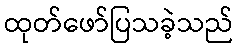
ထုတ်ဖော်ပြသခဲ့သည်